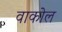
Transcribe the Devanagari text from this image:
वाकोल